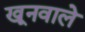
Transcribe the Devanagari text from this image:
खूनवाले